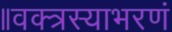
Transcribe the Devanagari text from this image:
॥वक्त्रस्याभरणं